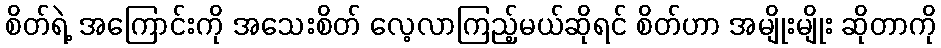
စိတ်ရဲ့ အကြောင်းကို အသေးစိတ် လေ့လာကြည့်မယ်ဆိုရင် စိတ်ဟာ အမျိုးမျိုး ဆိုတာကို